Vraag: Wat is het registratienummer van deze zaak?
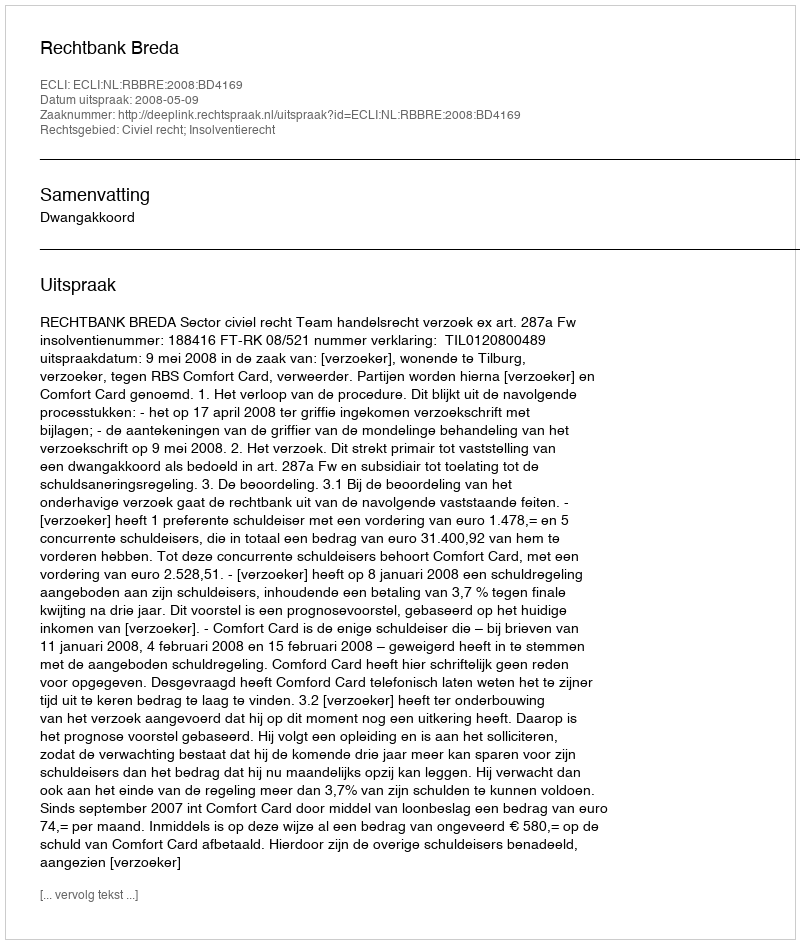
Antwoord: http://deeplink.rechtspraak.nl/uitspraak?id=ECLI:NL:RBBRE:2008:BD4169